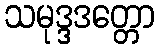
သမုဒ္ဒဒတ္တော